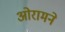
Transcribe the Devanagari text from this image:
ओरामने